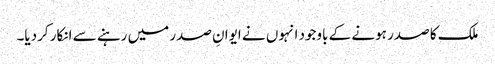
ملک کا صدر ہونے کے باوجود انہوں نے ایوانِ صدر میں رہنے سے انکار کردیا۔